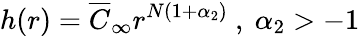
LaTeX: h(r)=\overline{{{C}}}_{\infty}r^{N(1+\alpha_{2})}\mathrm{~,~}\alpha_{2}>-1